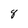
Character: 8